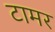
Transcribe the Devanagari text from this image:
टामर